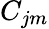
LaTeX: C_{jm}